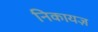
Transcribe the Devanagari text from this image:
निकायज़